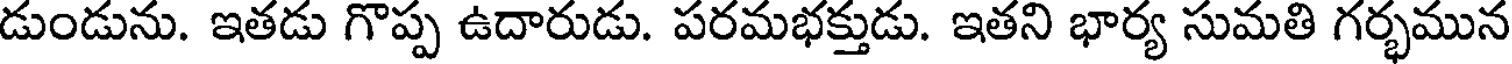
డుండును. ఇతడు గొప్ప ఉదారుడు. పరమభక్తుడు. ఇతని భార్య సుమతి గర్భమున